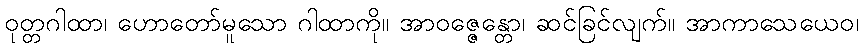
ဝုတ္တဂါထာ၊ ဟောတော်မူသော ဂါထာကို။ အာဝဇ္ဇေန္တော၊ ဆင်ခြင်လျက်။ အာကာသေယေဝ၊